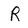
Character: R